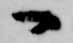
へ